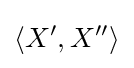
\left\langle X^{\prime },X^{\prime \prime }\right\rangle